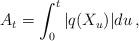
LaTeX: \begin{align*}A_t=\int_0^t |q(X_u)|du \,,\end{align*}